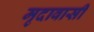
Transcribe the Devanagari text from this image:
मृदावासी